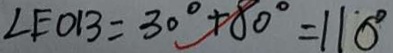
\angle E O B = 3 0 ^ { \circ } + 8 0 ^ { \circ } = 1 1 0 ^ { \circ }